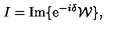
I = { \mathrm { I m } } \{ { \mathrm e } ^ { - i \delta } { \cal W } \} ,